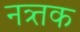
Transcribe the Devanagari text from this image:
नत्र्तक